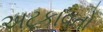
અટકાવતો